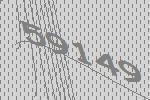
59149